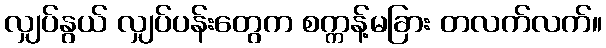
လျှပ်နွယ် လျှပ်ပန်းတွေက စက္ကန့်မခြား တလက်လက်။